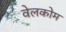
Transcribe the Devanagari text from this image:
वेलकोम